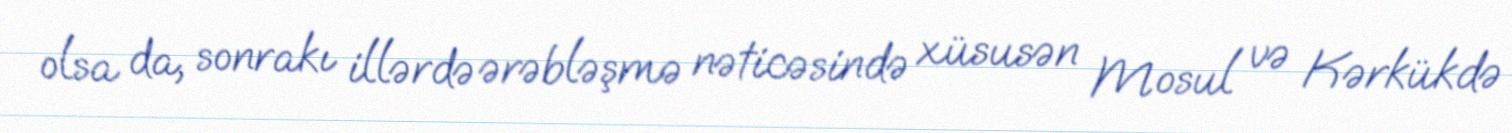
olsa da, sonrakı illərdə ərəbləşmə nəticəsində xüsusən Mosul və Kərkükdə